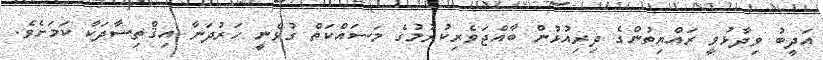
އަދީބު ވިދާޅުވީ ރައްޔިތުންގެ ދިރިއުޅުން ބާއްޖަވެރިކުރުމުގެ މަސައްކަތް ގުޅެނީ ހަރުދަނާ އިޤްތިސާދަކާ ކަމަށެވެ.